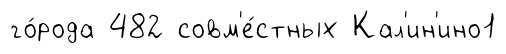
го́рода 482 совм'е́стных Кал'ин'ино1